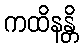
ကထိနန္တိ